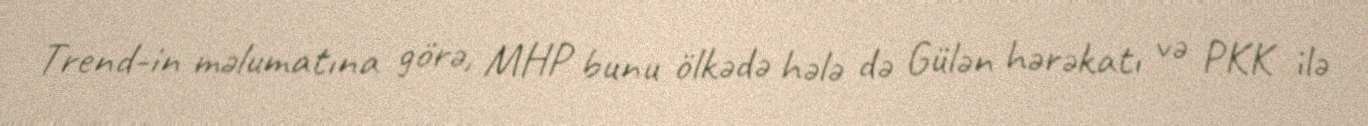
Trend-in məlumatına görə, MHP bunu ölkədə hələ də Gülən hərəkatı və PKK ilə